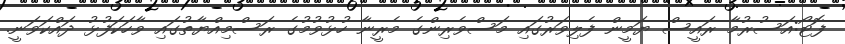
ފޮޓޯ:އަސުރުމާ ރައީސް ޔަމީން ފެލިވަރުގައި މަސްވެރިންގެ މެރީނާ ހުޅުވުމުގެ ރަސްމިއްޔާތުގައި ވާހަކަފުޅު ދައްކަވަނީ.